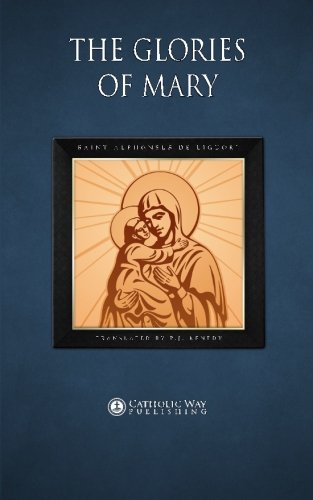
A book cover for The Glories of Mary; Saint Alphonsus de Liguori; Christian Books & Bibles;